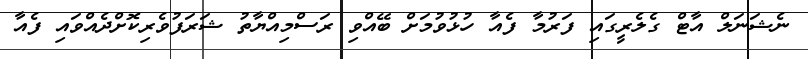
ނެޝަނަލް އާޓް ގެލެރީގައި ފަރުމާ ފެއާ ހުޅުވުމަށް ބޭއްވި ރަސްމިއްޔާތު ޝަރަފުވެރިކޮށްދެއްވައި ފެއާ